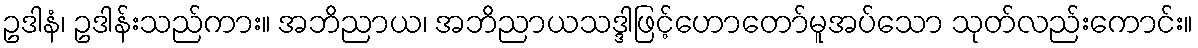
ဥဒါနံ၊ ဥဒါန်းသည်ကား။ အဘိညာယ၊ အဘိညာယသဒ္ဒါဖြင့်ဟောတော်မူအပ်သော သုတ်လည်းကောင်း။